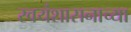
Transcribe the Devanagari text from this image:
स्वयंशासनाच्या